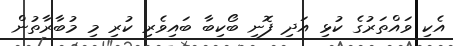
އެކި ވައްތަރުގެ ކުޅި އަދި ފޮނި ބޯކިބާ ބައިވެރި ކުރި މި މުބާރާތުން